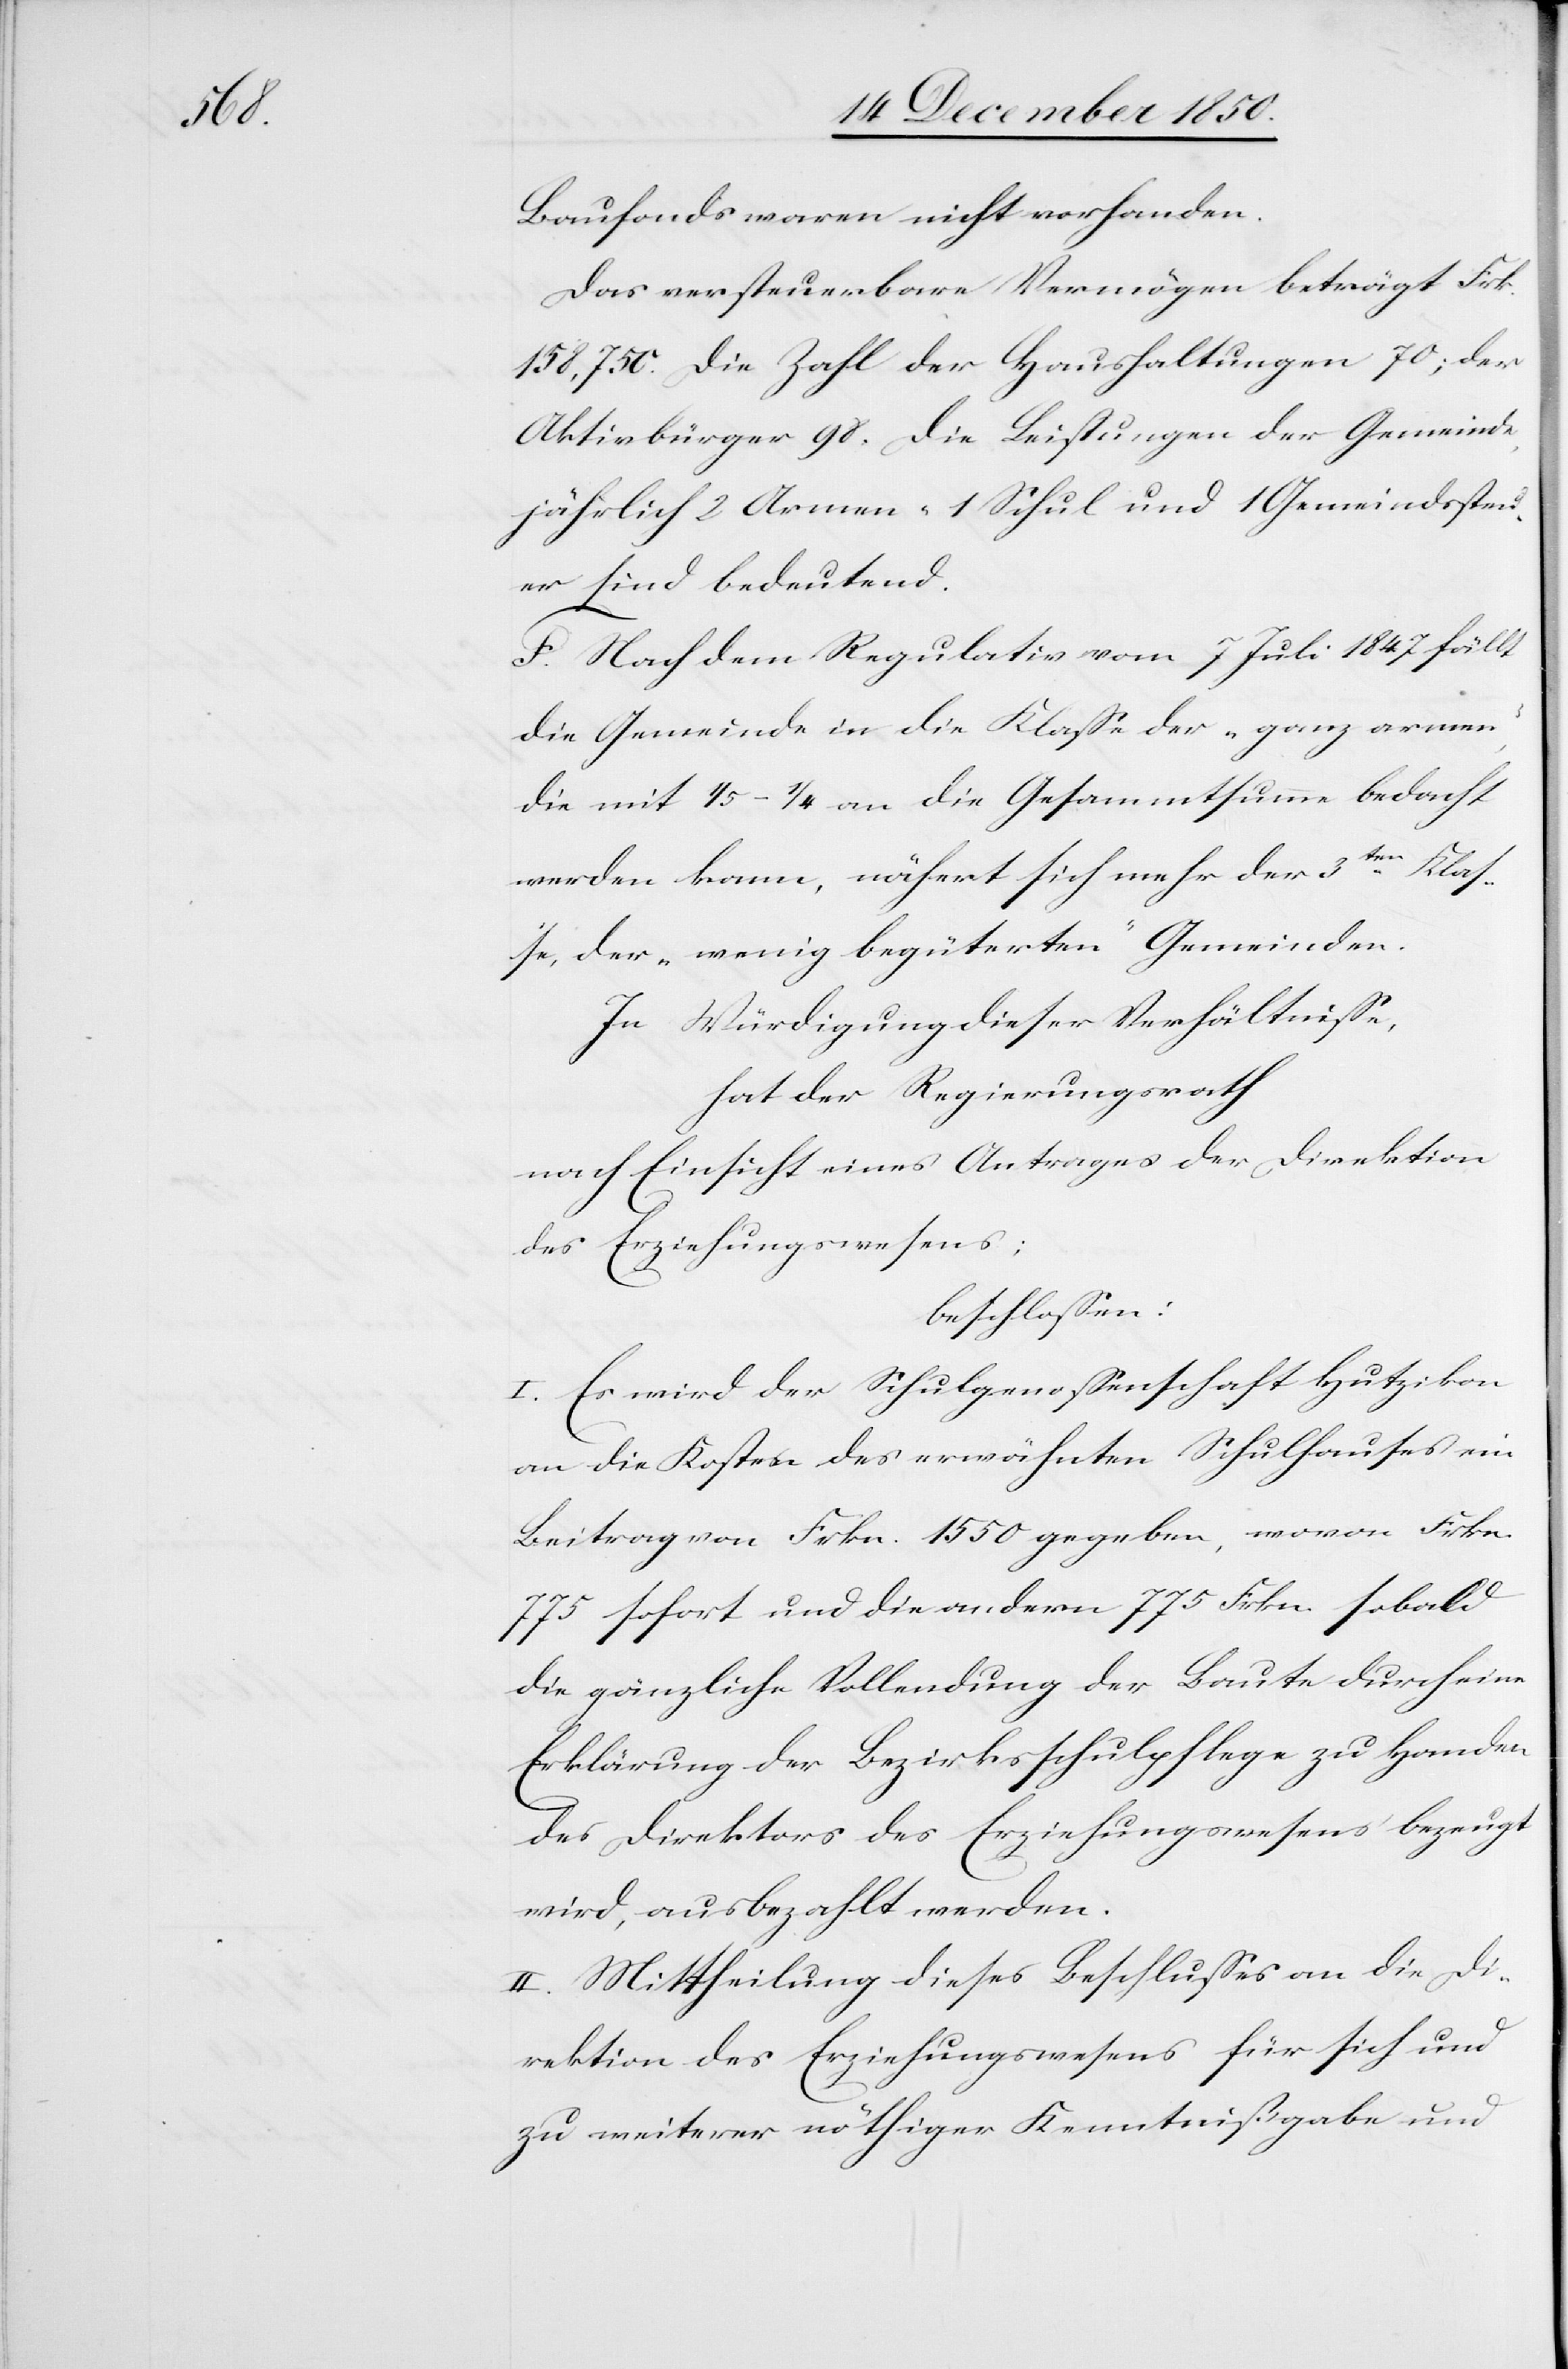
Baufonds waren nicht vorhanden.
Das versteuerbare Vermögen beträgt Frk.
158,750. Die Zahl der Haushaltungen 70; der
Aktivbürger 98. Die Leistungen der Gemeinde,
jährlich 2 Armen-[,] 1 Schul und 1 Gemeindssteu¬
er sind bedeutend.
F. Nach dem Regulativ vom 7 Juli 1847 fällt
die Gemeinde in die Klasse der „ganz armen“,
die mit 1/5–1/4 an die Gesammtsumme bedacht
werden kann, nähert sich mehr der 3ten Klas¬
se, der „wenig begüterten“ Gemeinden.
In Würdigung dieser Verhältnisse,
hat der Regierungsrath
nach Einsicht eines Antrages der Direktion
des Erziehungswesens;
beschlossen.
I. Es wird der Schulgenossenschaft Hutzikon
an die Kosten des erwähnten Schulhauses ein
Beitrag von Frkn. 1550 gegeben, wovon Frkn.
775 sofort und die andern 775 Frkn. sobald
die gänzliche Vollendung der Baute durch eine
Erklärung der Bezirksschulpflege zu Handen
des Direktors des Erziehungswesens bezeugt
wird, ausbezahlt werden.
II. Mittheilung dieses Beschlusses an die Di¬
rektion des Erziehungswesens für sich und
zu weiterer nöthiger Kenntnißgabe und